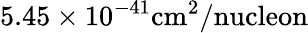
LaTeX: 5.45\times 10^{-41}\mathrm{cm}^{2}/\textrm{nucleon}